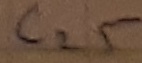
Text: C25